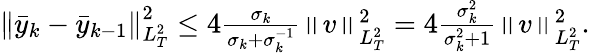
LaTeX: \begin{array}{r}{\left\| \bar{y}_{k}-\bar{y}_{k-1}\right\| _{L_{T}^{2}}^{2}\leq 4\frac{\sigma_{k}}{\sigma_{k}+\sigma_{k}^{-1}}\left\| v\right\| _{L_{T}^{2}}^{2}=4\frac{\sigma_{k}^{2}}{\sigma_{k}^{2}+1}\left\| v\right\| _{L_{T}^{2}}^{2}.}\end{array}